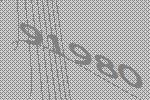
91980